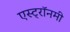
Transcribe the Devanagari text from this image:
एस्‍ट्रॉनमी